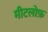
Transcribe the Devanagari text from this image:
मीटलोफ़